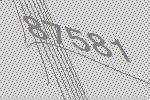
87581